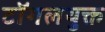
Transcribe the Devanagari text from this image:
टॉगलयुक्त